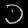
Digit: ၁